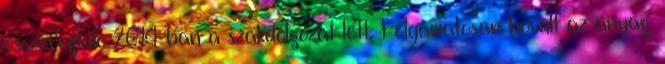
összefoglaló 2014-ban a szakdolgozat lett. Folyamatosan bővült az anyag,